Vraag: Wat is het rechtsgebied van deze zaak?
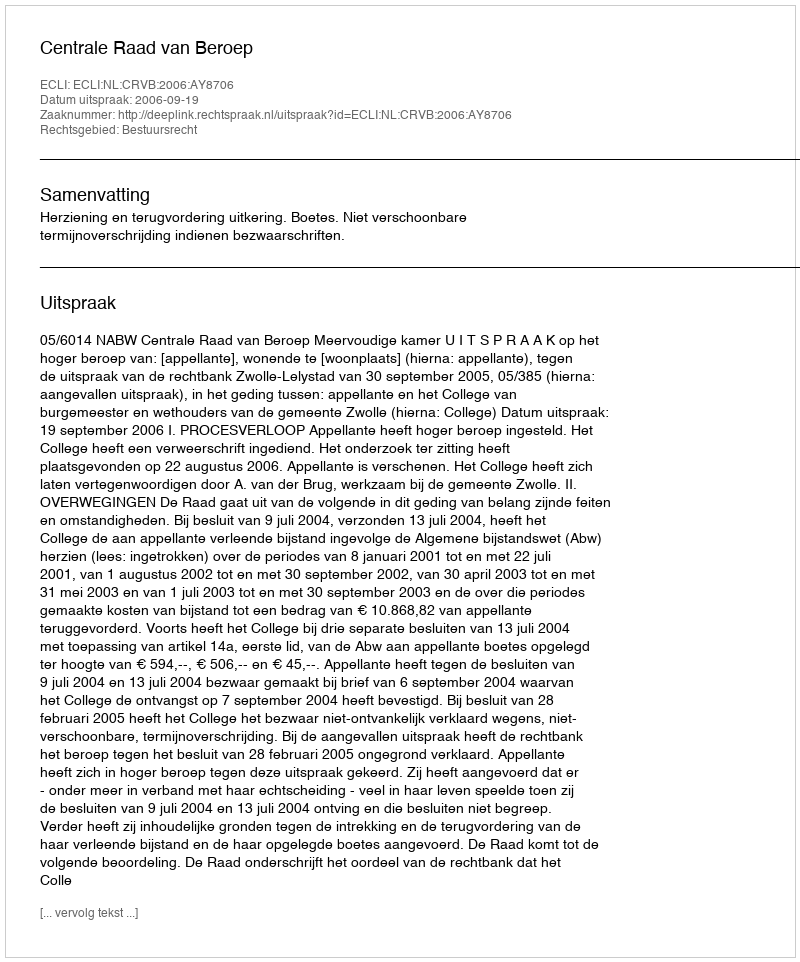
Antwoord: Bestuursrecht